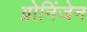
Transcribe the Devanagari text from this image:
ग्रोनिंजेन